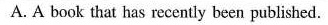
A.A book that has recently been pubished.